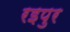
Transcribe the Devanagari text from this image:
रइपुर